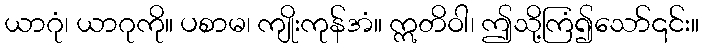
ယာဂုံ၊ ယာဂုကို။ ပစာမ၊ ကျိုးကုန်အံ။ ဣတိဝါ၊ ဤသို့ကြံ၍သော်၎င်း။